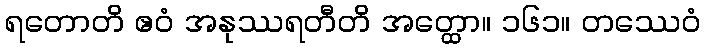
ရတောတိ ဧဝံ အနုဿရတီတိ အတ္ထော။ ၁၆၁။ တဿေဝံ